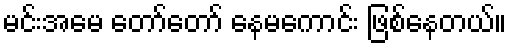
မင်းအမေ တော်တော် နေမကောင်း ဖြစ်နေတယ်။